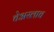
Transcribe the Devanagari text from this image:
चेअरलाच